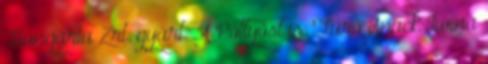
Hungária Zrt. gyárt. A Pöttyöst is. Túró Snack Iwina